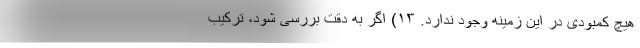
هیچ کمبودی در این زمینه وجود ندارد. ۱۳) اگر به دقت بررسی شود، ترکیب